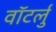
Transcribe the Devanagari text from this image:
वॉटर्लु